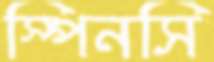
স্পিনসি